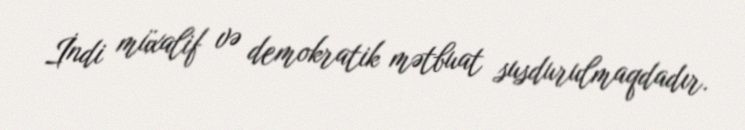
İndi müxalif və demokratik mətbuat susdurulmaqdadır.